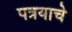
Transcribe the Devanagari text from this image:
पत्रयाचे